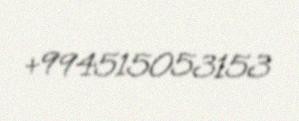
+994515053153